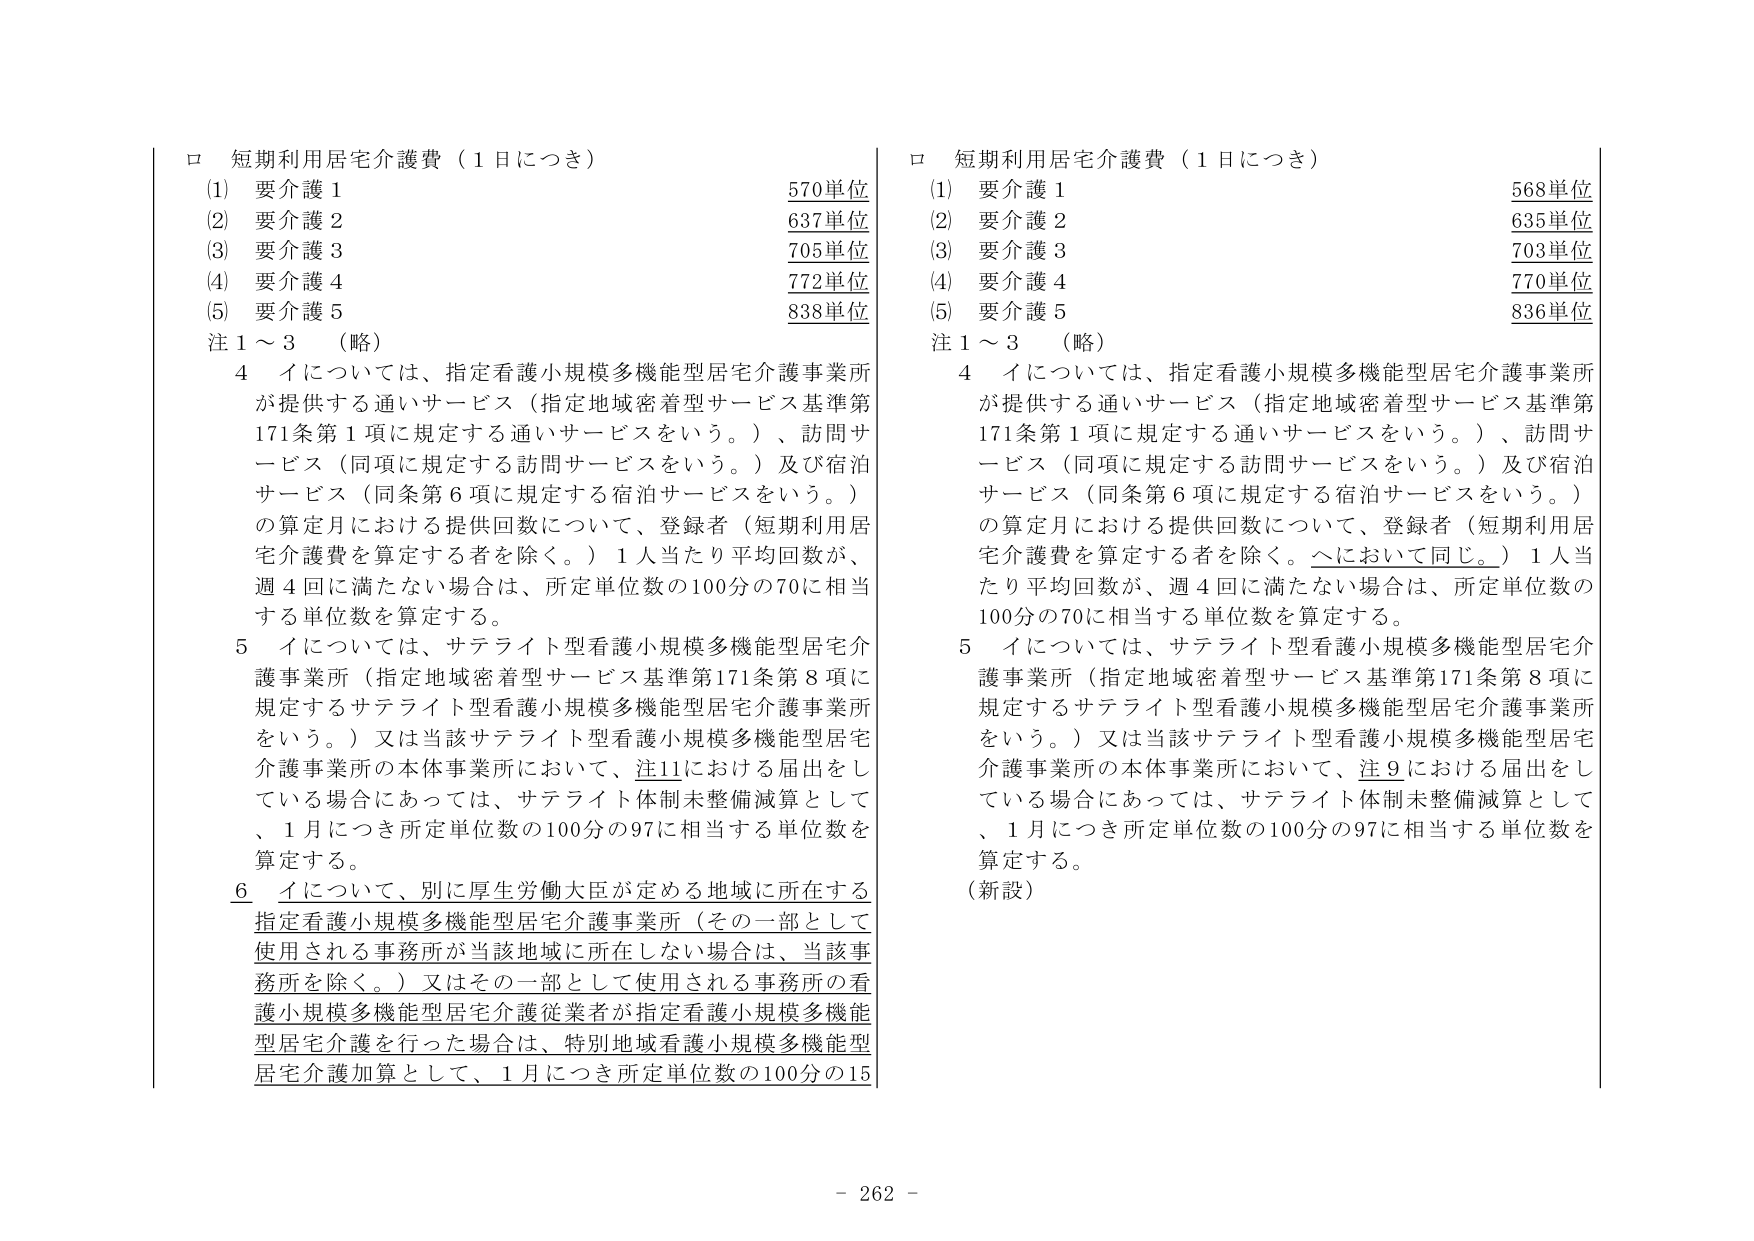
ロ 短期利用居宅介護費（1日につき）
(1) 要介護1 570単位
(2) 要介護2 637単位
(3) 要介護3 705単位
(4) 要介護4 772単位
(5) 要介護5 838単位
注1～3 （略）
4 イについては、指定看護小規模多機能型居宅介護事業所が提供する通いサービス（指定地域密着型サービス基準第171条第1項に規定する通いサービスをいう。）、訪問サービス（同項に規定する訪問サービスをいう。）及び宿泊サービス（同条第6項に規定する宿泊サービスをいう。）の算定月における提供回数について、登録者（短期利用居宅介護費を算定する者を除く。）1人当たり平均回数が、週4回に満たない場合は、所定単位数の100分の70に相当する単位数を算定する。
5 イについては、サテライト型看護小規模多機能型居宅介護事業所（指定地域密着型サービス基準第171条第8項に規定するサテライト型看護小規模多機能型居宅介護事業所をいう。）又は当該サテライト型看護小規模多機能型居宅介護事業所の本体事業所において、注11における届出をしている場合にあっては、サテライト体制未整備減算として、1月につき所定単位数の100分の97に相当する単位数を算定する。
6 イについて、別に厚生労働大臣が定める地域に所在する指定看護小規模多機能型居宅介護事業所（その一部として使用される事務所が当該地域に所在しない場合は、当該事務所を除く。）又はその一部として使用される事務所の看護小規模多機能型居宅介護従業者が指定看護小規模多機能型居宅介護を行った場合は、特別地域看護小規模多機能型居宅介護加算として、1月につき所定単位数の100分の15

ロ 短期利用居宅介護費（1日につき）
(1) 要介護1 568単位
(2) 要介護2 635単位
(3) 要介護3 703単位
(4) 要介護4 770単位
(5) 要介護5 836単位
注1～3 （略）
4 イについては、指定看護小規模多機能型居宅介護事業所が提供する通いサービス（指定地域密着型サービス基準第171条第1項に規定する通いサービスをいう。）、訪問サービス（同項に規定する訪問サービスをいう。）及び宿泊サービス（同条第6項に規定する宿泊サービスをいう。）の算定月における提供回数について、登録者（短期利用居宅介護費を算定する者を除く。）1人当たり平均回数が、週4回に満たない場合は、所定単位数の100分の70に相当する単位数を算定する。
5 イについては、サテライト型看護小規模多機能型居宅介護事業所（指定地域密着型サービス基準第171条第8項に規定するサテライト型看護小規模多機能型居宅介護事業所をいう。）又は当該サテライト型看護小規模多機能型居宅介護事業所の本体事業所において、注9における届出をしている場合にあっては、サテライト体制未整備減算として、1月につき所定単位数の100分の97に相当する単位数を算定する。
（新設）

- 262 -